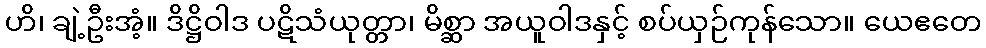
ဟိ၊ ချဲ့ဦးအံ့။ ဒိဋ္ဌိဝါဒ ပဋိသံယုတ္တာ၊ မိစ္ဆာ အယူဝါဒနှင့် စပ်ယှဉ်ကုန်သော။ ယေဧတေ